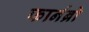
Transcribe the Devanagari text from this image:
फार्नब्रो